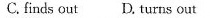
C. finds out D. Turns out